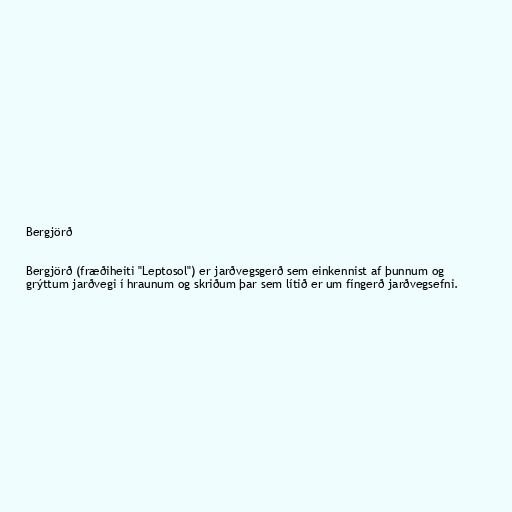
Bergjörð

Bergjörð (fræðiheiti "Leptosol") er jarðvegsgerð sem einkennist af þunnum og
grýttum jarðvegi í hraunum og skriðum þar sem lítið er um fíngerð jarðvegsefni.